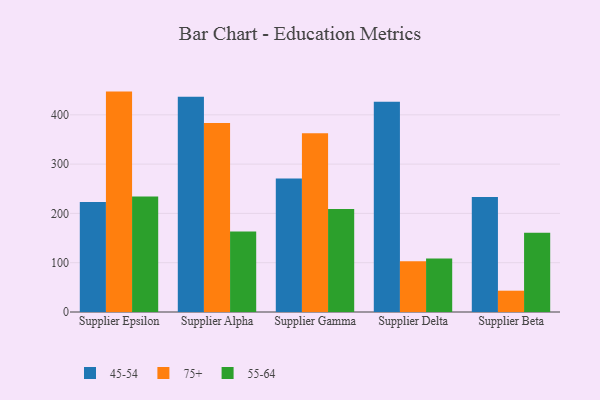
{"axis": {"x": "Supplier", "y": "Headcount"}, "legend": ["45-54", "55-64", "75+"], "data": [{"x": "Supplier Epsilon", "y": 223.1, "type": "45-54"}, {"x": "Supplier Epsilon", "y": 447.1, "type": "75+"}, {"x": "Supplier Epsilon", "y": 234.5, "type": "55-64"}, {"x": "Supplier Alpha", "y": 436.7, "type": "45-54"}, {"x": "Supplier Alpha", "y": 383.3, "type": "75+"}, {"x": "Supplier Alpha", "y": 163.2, "type": "55-64"}, {"x": "Supplier Gamma", "y": 270.9, "type": "45-54"}, {"x": "Supplier Gamma", "y": 362.4, "type": "75+"}, {"x": "Supplier Gamma", "y": 208.7, "type": "55-64"}, {"x": "Supplier Delta", "y": 426.6, "type": "45-54"}, {"x": "Supplier Delta", "y": 102.8, "type": "75+"}, {"x": "Supplier Delta", "y": 108.5, "type": "55-64"}, {"x": "Supplier Beta", "y": 233.1, "type": "45-54"}, {"x": "Supplier Beta", "y": 43.2, "type": "75+"}, {"x": "Supplier Beta", "y": 160.8, "type": "55-64"}]}